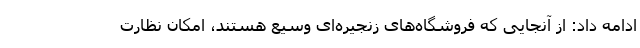
ادامه داد: از آنجایی که فروشگاه‌های زنجیره‌ای وسیع هستند، امکان نظارت